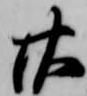
廿